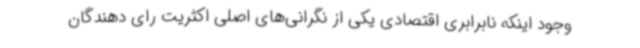
وجود اینکه نابرابری اقتصادی یکی از نگرانی‌های اصلی اکثریت رای دهندگان